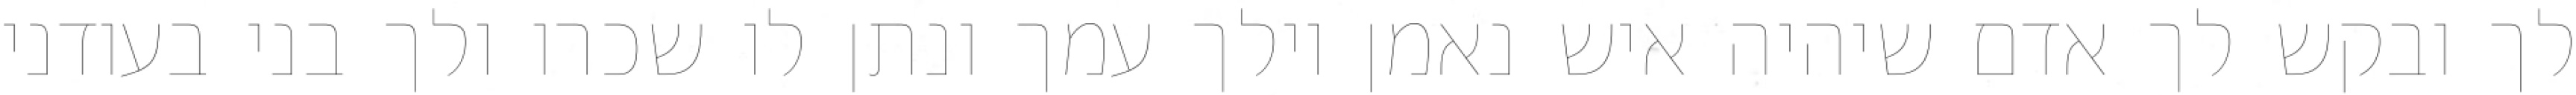
לך ובקש לך אדם שיהיה איש נאמן וילך עמך ונתן לו שכרו ולך בני בעודני